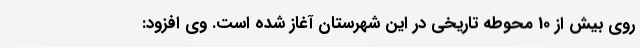
روی بیش از 10 محوطه تاریخی در این شهرستان آغاز شده است. وی افزود: